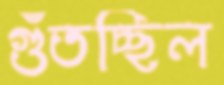
গুঁতচ্ছিল